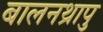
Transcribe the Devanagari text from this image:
बालनथ्रापु